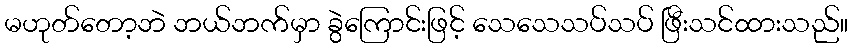
မဟုတ်တော့ဘဲ ဘယ်ဘက်မှာ ခွဲကြောင်းဖြင့် သေသေသပ်သပ် ဖြီးသင်ထားသည်။